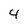
Character: 4